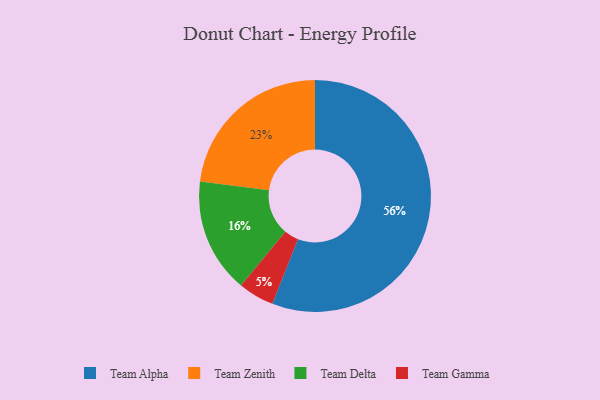
{"axis": {"x": "Category", "y": "Percentage"}, "legend": ["Team Alpha", "Team Delta", "Team Gamma", "Team Zenith"], "data": [{"x": "Team Gamma", "y": 5, "type": "Team Gamma"}, {"x": "Team Zenith", "y": 23, "type": "Team Zenith"}, {"x": "Team Alpha", "y": 56, "type": "Team Alpha"}, {"x": "Team Delta", "y": 16, "type": "Team Delta"}]}